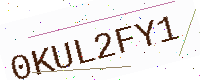
Text: 0KUL2FY1